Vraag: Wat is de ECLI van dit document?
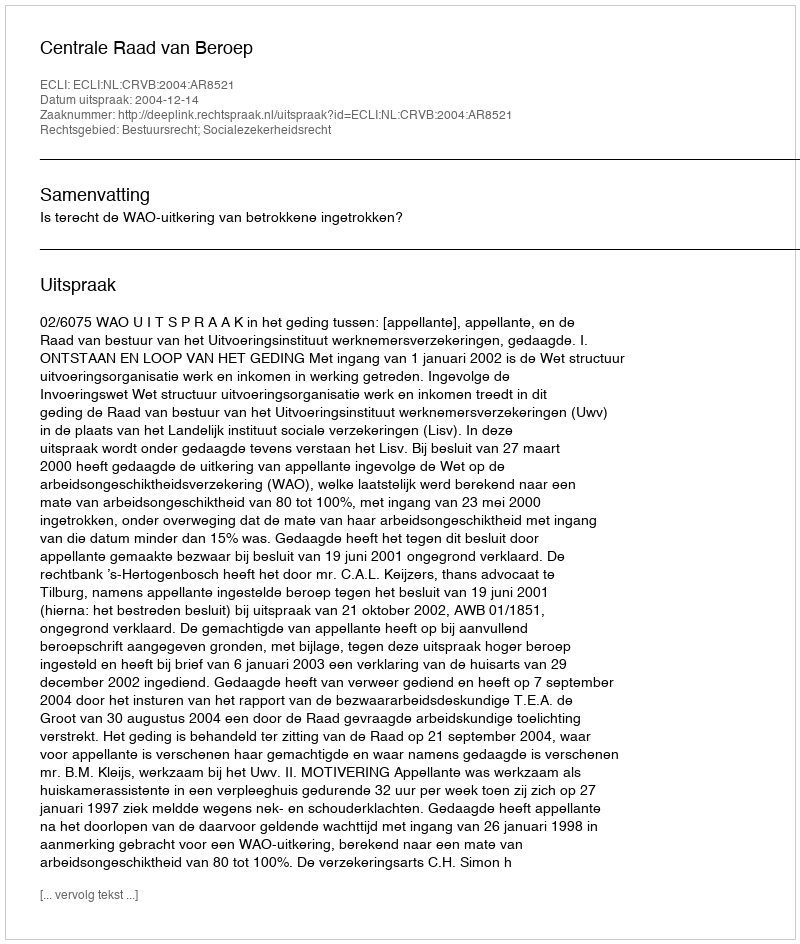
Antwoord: ECLI:NL:CRVB:2004:AR8521